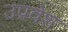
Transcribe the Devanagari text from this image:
उप्रवेश